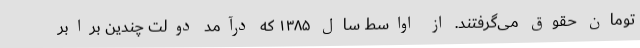
تومان حقوق می‌گرفتند. از اواسط سال ۱۳۸۵ که درآمد دولت چندین برابر